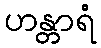
ဟန္တာရံ